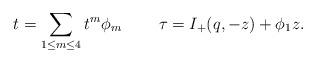
LaTeX: \begin{align*}t=\sum_{1\leq m\leq 4}t^m\phi_m\;\;\;\;\;\;\;\; \tau=I_+(q,-z)+\phi_1z.\end{align*}